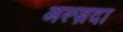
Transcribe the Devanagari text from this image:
अल्ज़दा